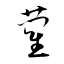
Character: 藺